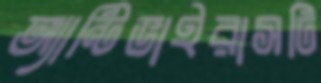
অ্যান্টিভাইরাসটি